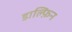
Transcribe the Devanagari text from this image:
डाल्फ़िन